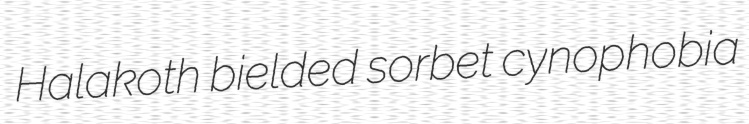
Halakoth bielded sorbet cynophobia